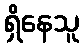
ရှိနေသူ